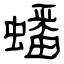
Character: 蟠